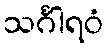
သင်္ဂါရဝံ